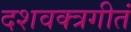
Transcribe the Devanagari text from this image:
दशवक्त्रगीतं